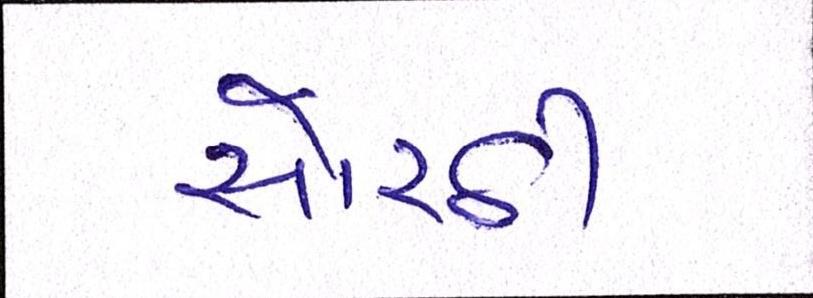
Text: સોરઠી